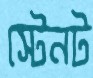
স্টেনট